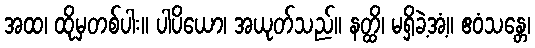
အထ၊ ထိုမှတစ်ပါး။ ပါပိယော၊ အယုတ်သည်။ နတ္ထိ၊ မရှိခဲ့အံ့။ ဧဝံသန္တေ၊